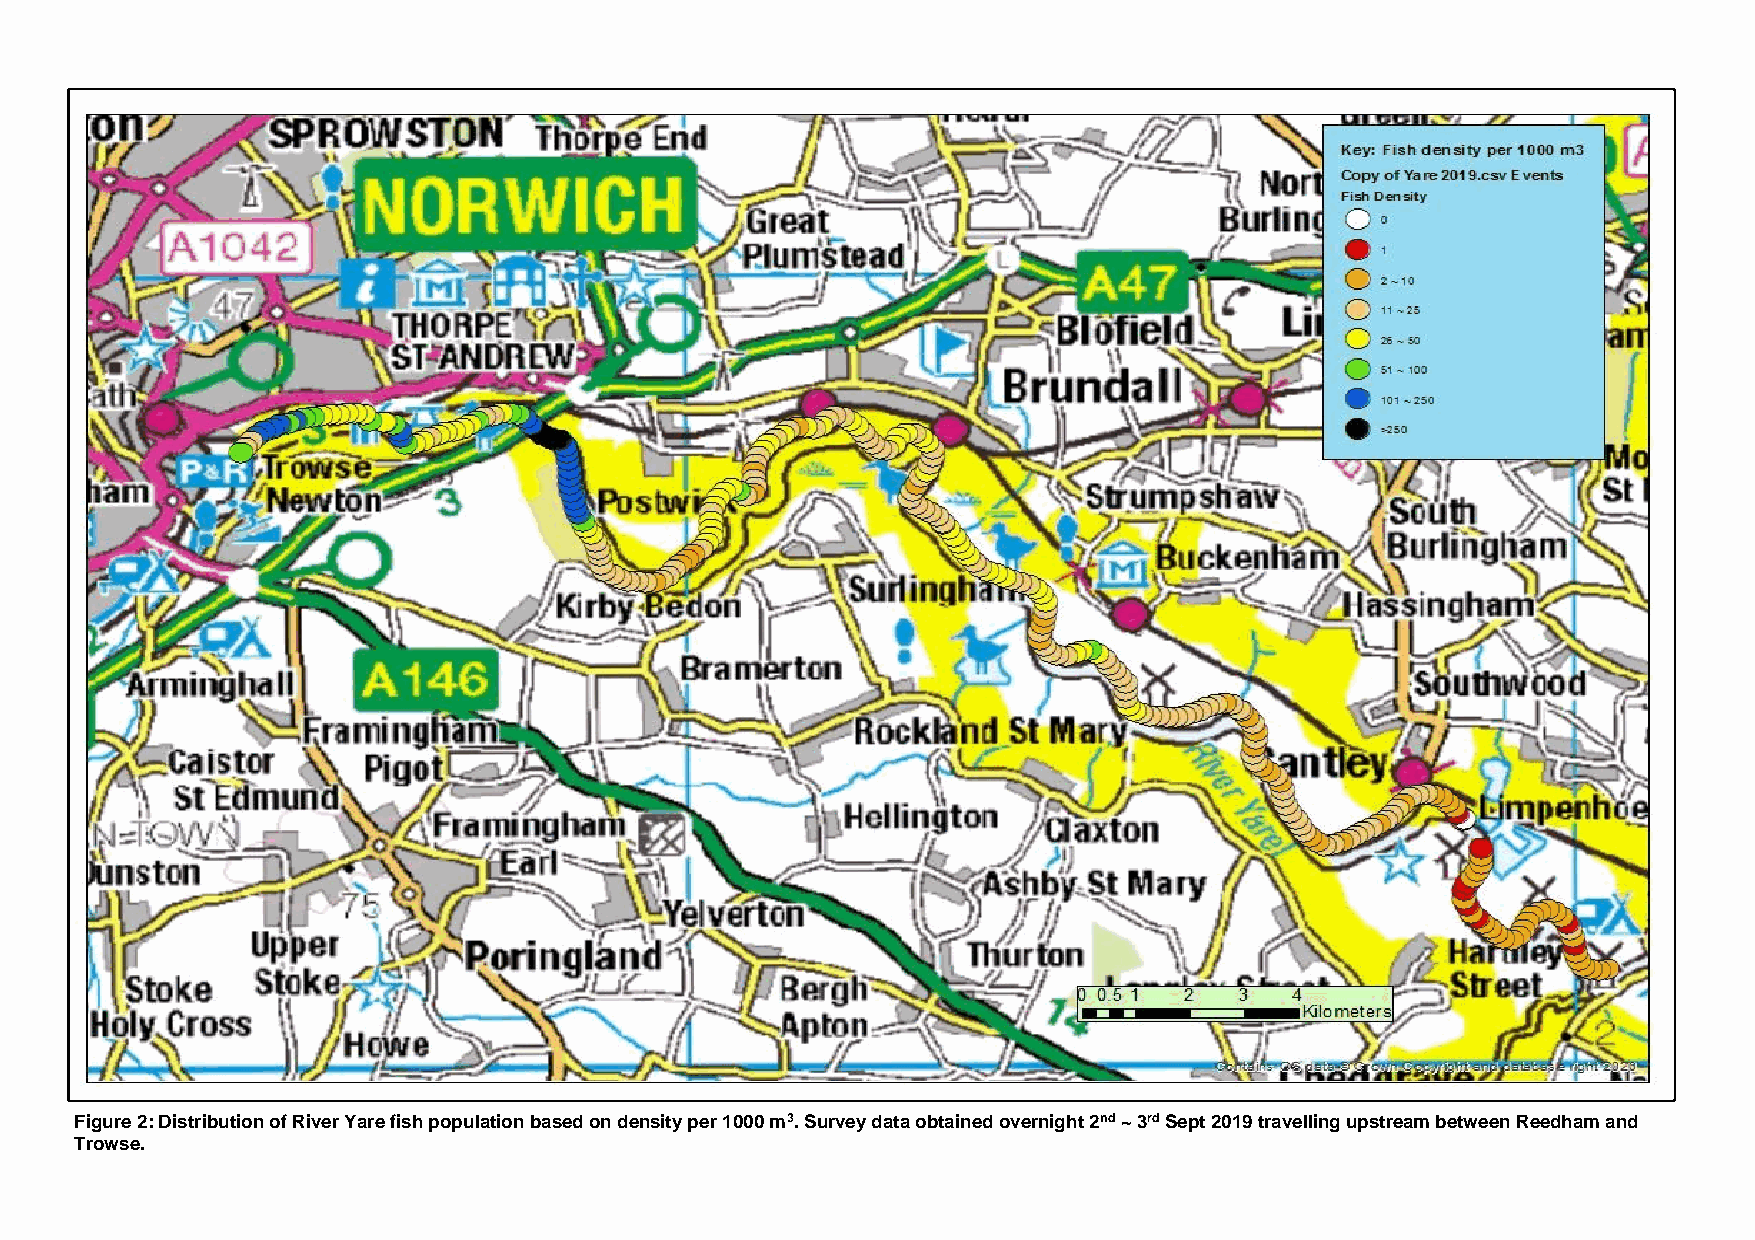
Figure 2: Distribution of River Yare fish population based on density per 1000 m3. Survey data obtained overnight 2nd ~ 3rd Sept 2019 travelling upstream between Reedham and
 Trowse.